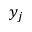
y _ { j }